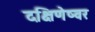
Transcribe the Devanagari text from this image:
दक्षिणेष्वर